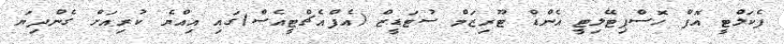
ފެކަލްޓީ އޮފް ހޮސްޕިޓޭލިޓީ އެންޑް ޓޫރިޒަމް ސުޓަޑީޒް (އެފްއެޗްޓީއެސް)ގައި އިއްޔެ ކުރިއަށް ގެންދިޔަ